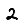
Digit: 2